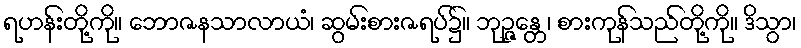
ရဟန်းတို့ကို။ ဘောဇနသာလာယံ၊ ဆွမ်းစားဇရပ်၌။ ဘုဉ္ဇန္တေ၊ စားကုန်သည်တို့ကို။ ဒိသွာ၊